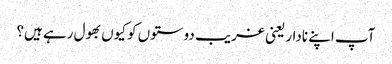
آپ اپنے نادار یعنی غریب دوستوں کو کیوں بھول رہے ہیں؟